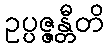
ဥပ္ပဇ္ဇန္တီတိ